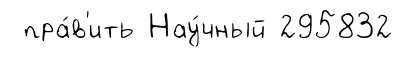
пра́в'ить Нау́чный 295832